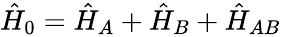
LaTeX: \begin{array}{r}{\hat{H}_{0}=\hat{H}_{A}+\hat{H}_{B}+\hat{H}_{AB}}\end{array}